Indian journal of veterinary science and animal husbandry - Volumes 26-27, 1956-1957
Year: 1956
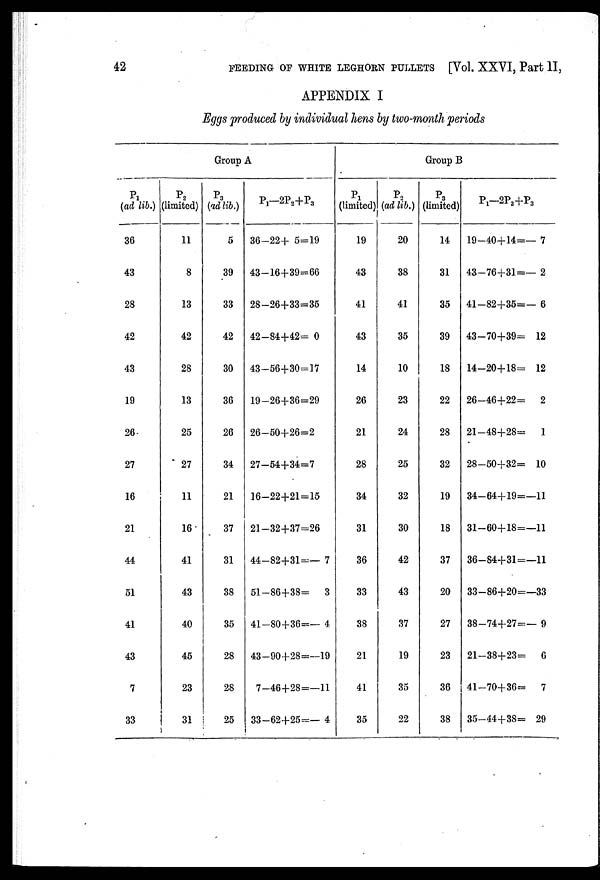
42
FEEDING OF WHITE LEGHORN PULLETS [Vol. XXVI, Part II,
APPENDIX I
Eggs produced by individual hens by two-month periods
Group A
P 1
(ad lib.)
36
43
28
42
43
19
26
27
16
21
44
51
41
43
7
33
P 2
(limited)
11
8
13
42
28
13
25
27
11
16
41
43
40
45
23
31
P 3
(ad lib.)
5
39
33
42
30
36
26
34
21
37
31
38
35
28
28
25
P 1 —2P 2 +P 3
36—22+ 5=19
43—16+39=66
28—26+33=35
42—84+42= 0
43—56+30=17
19—26+36=29
26—50+26=2
27—54+34=7
16—22+21 = 15
21—32+37=26
44—82+31=— 7
51—86+38= 3
41—80+36=— 4
43—90+28=—19
7—46+28=—11
33—62+25=— 4
Group B
P 1
(limited)
19
43
41
43
14
26
21
28
34
31
36
33
38
21
41
35
P 2
(ad lib.)
20
38
41
35
10
23
24
25
32
30
42
43
37
19
35
22
P 3
(limited)
14
31
35
39
18
22
28
32
19
18
37
20
27
23
36
38
P 1 —2P 2 +P 3
19—40+14=— 7
43—76+31=— 2
41—82+35=— 6
43—70+39=12
14—20+18=12
26—46+22=2
21—48+28=1
28—50+32=10
34—64+19=—11
31—60+18=—11
36—84+31=—11
33—86+20=—33
38—74+27=— 9
21—38+23=6
41—70+36=7
35—44+38= 29